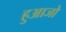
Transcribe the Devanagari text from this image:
हुआजो